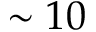
\sim 1 0